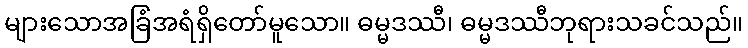
များသောအခြံအရံရှိတော်မူသော။ ဓမ္မဒဿီ၊ ဓမ္မဒဿီဘုရားသခင်သည်။